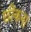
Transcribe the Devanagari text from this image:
छीकना